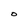
Character: o